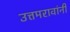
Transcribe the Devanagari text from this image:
उत्तमरावांनी